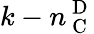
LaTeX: k-n_{\mathrm{~C~}}^{\mathrm{~D~}}